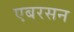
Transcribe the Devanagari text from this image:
एबरसन